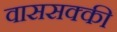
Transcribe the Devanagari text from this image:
वाससक्की